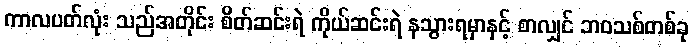
ကာလပတ်လုံး သည်အတိုင်း စိတ်ဆင်းရဲ ကိုယ်ဆင်းရဲ နသွားရမှာနှင့် စာလျှင် ဘဝသစ်တစ်ခု